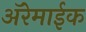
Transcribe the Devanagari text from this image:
अॅरेमाईक